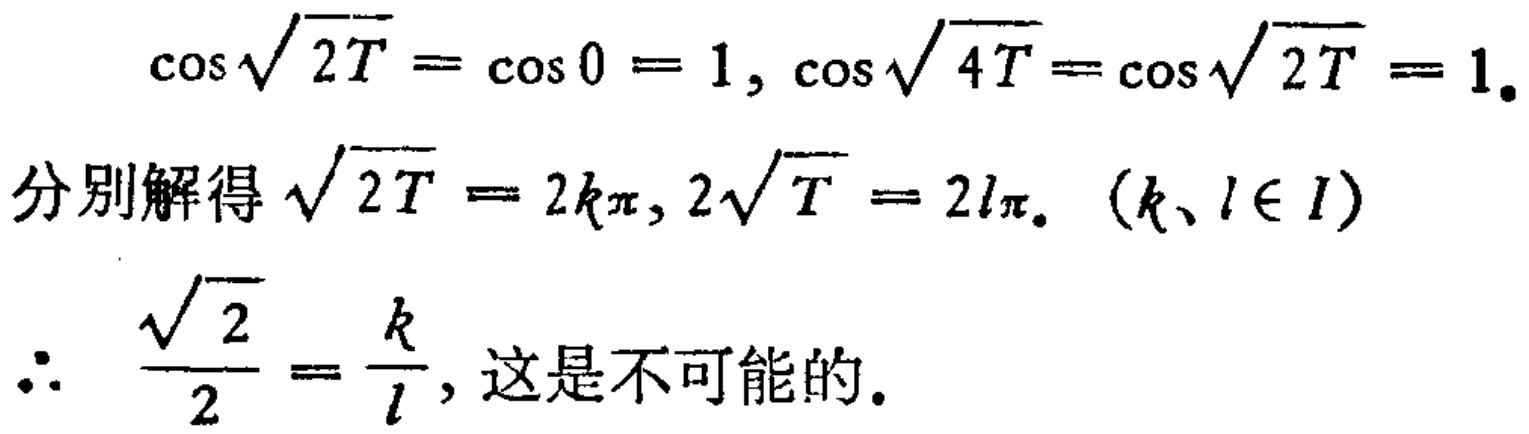
\[\cos\sqrt{2T}=\cos0 = 1, \cos\sqrt{4T}=\cos\sqrt{2T}=1.\]

分别解得\(\sqrt{2T}=2k\pi, 2\sqrt{T}=2l\pi. \ (k、l\in I)\)

\[\therefore \frac{\sqrt{2}}{2}=\frac{k}{l},\text{这是不可能的}.\]